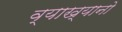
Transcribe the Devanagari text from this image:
व्याख्यानो